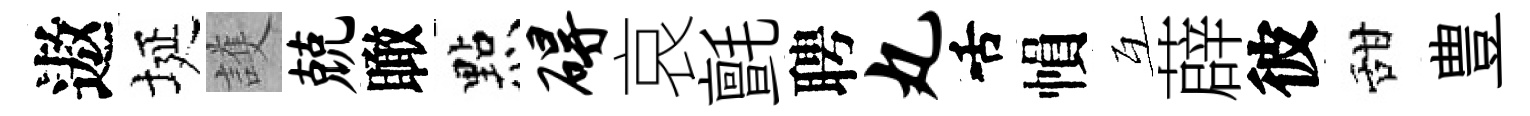
遨埏護兢瞰㸃碍哀氈聘丸舌𢄙互薜彼甜豊